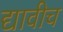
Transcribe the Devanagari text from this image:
द्यावीच